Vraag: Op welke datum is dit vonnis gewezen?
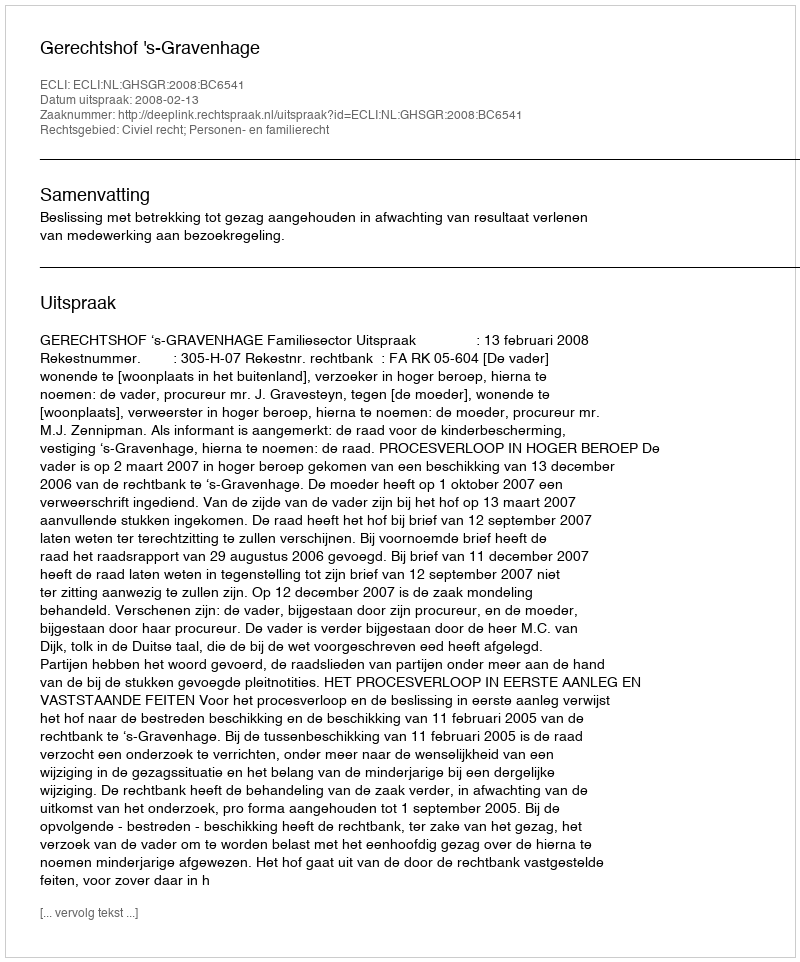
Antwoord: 2008-02-13